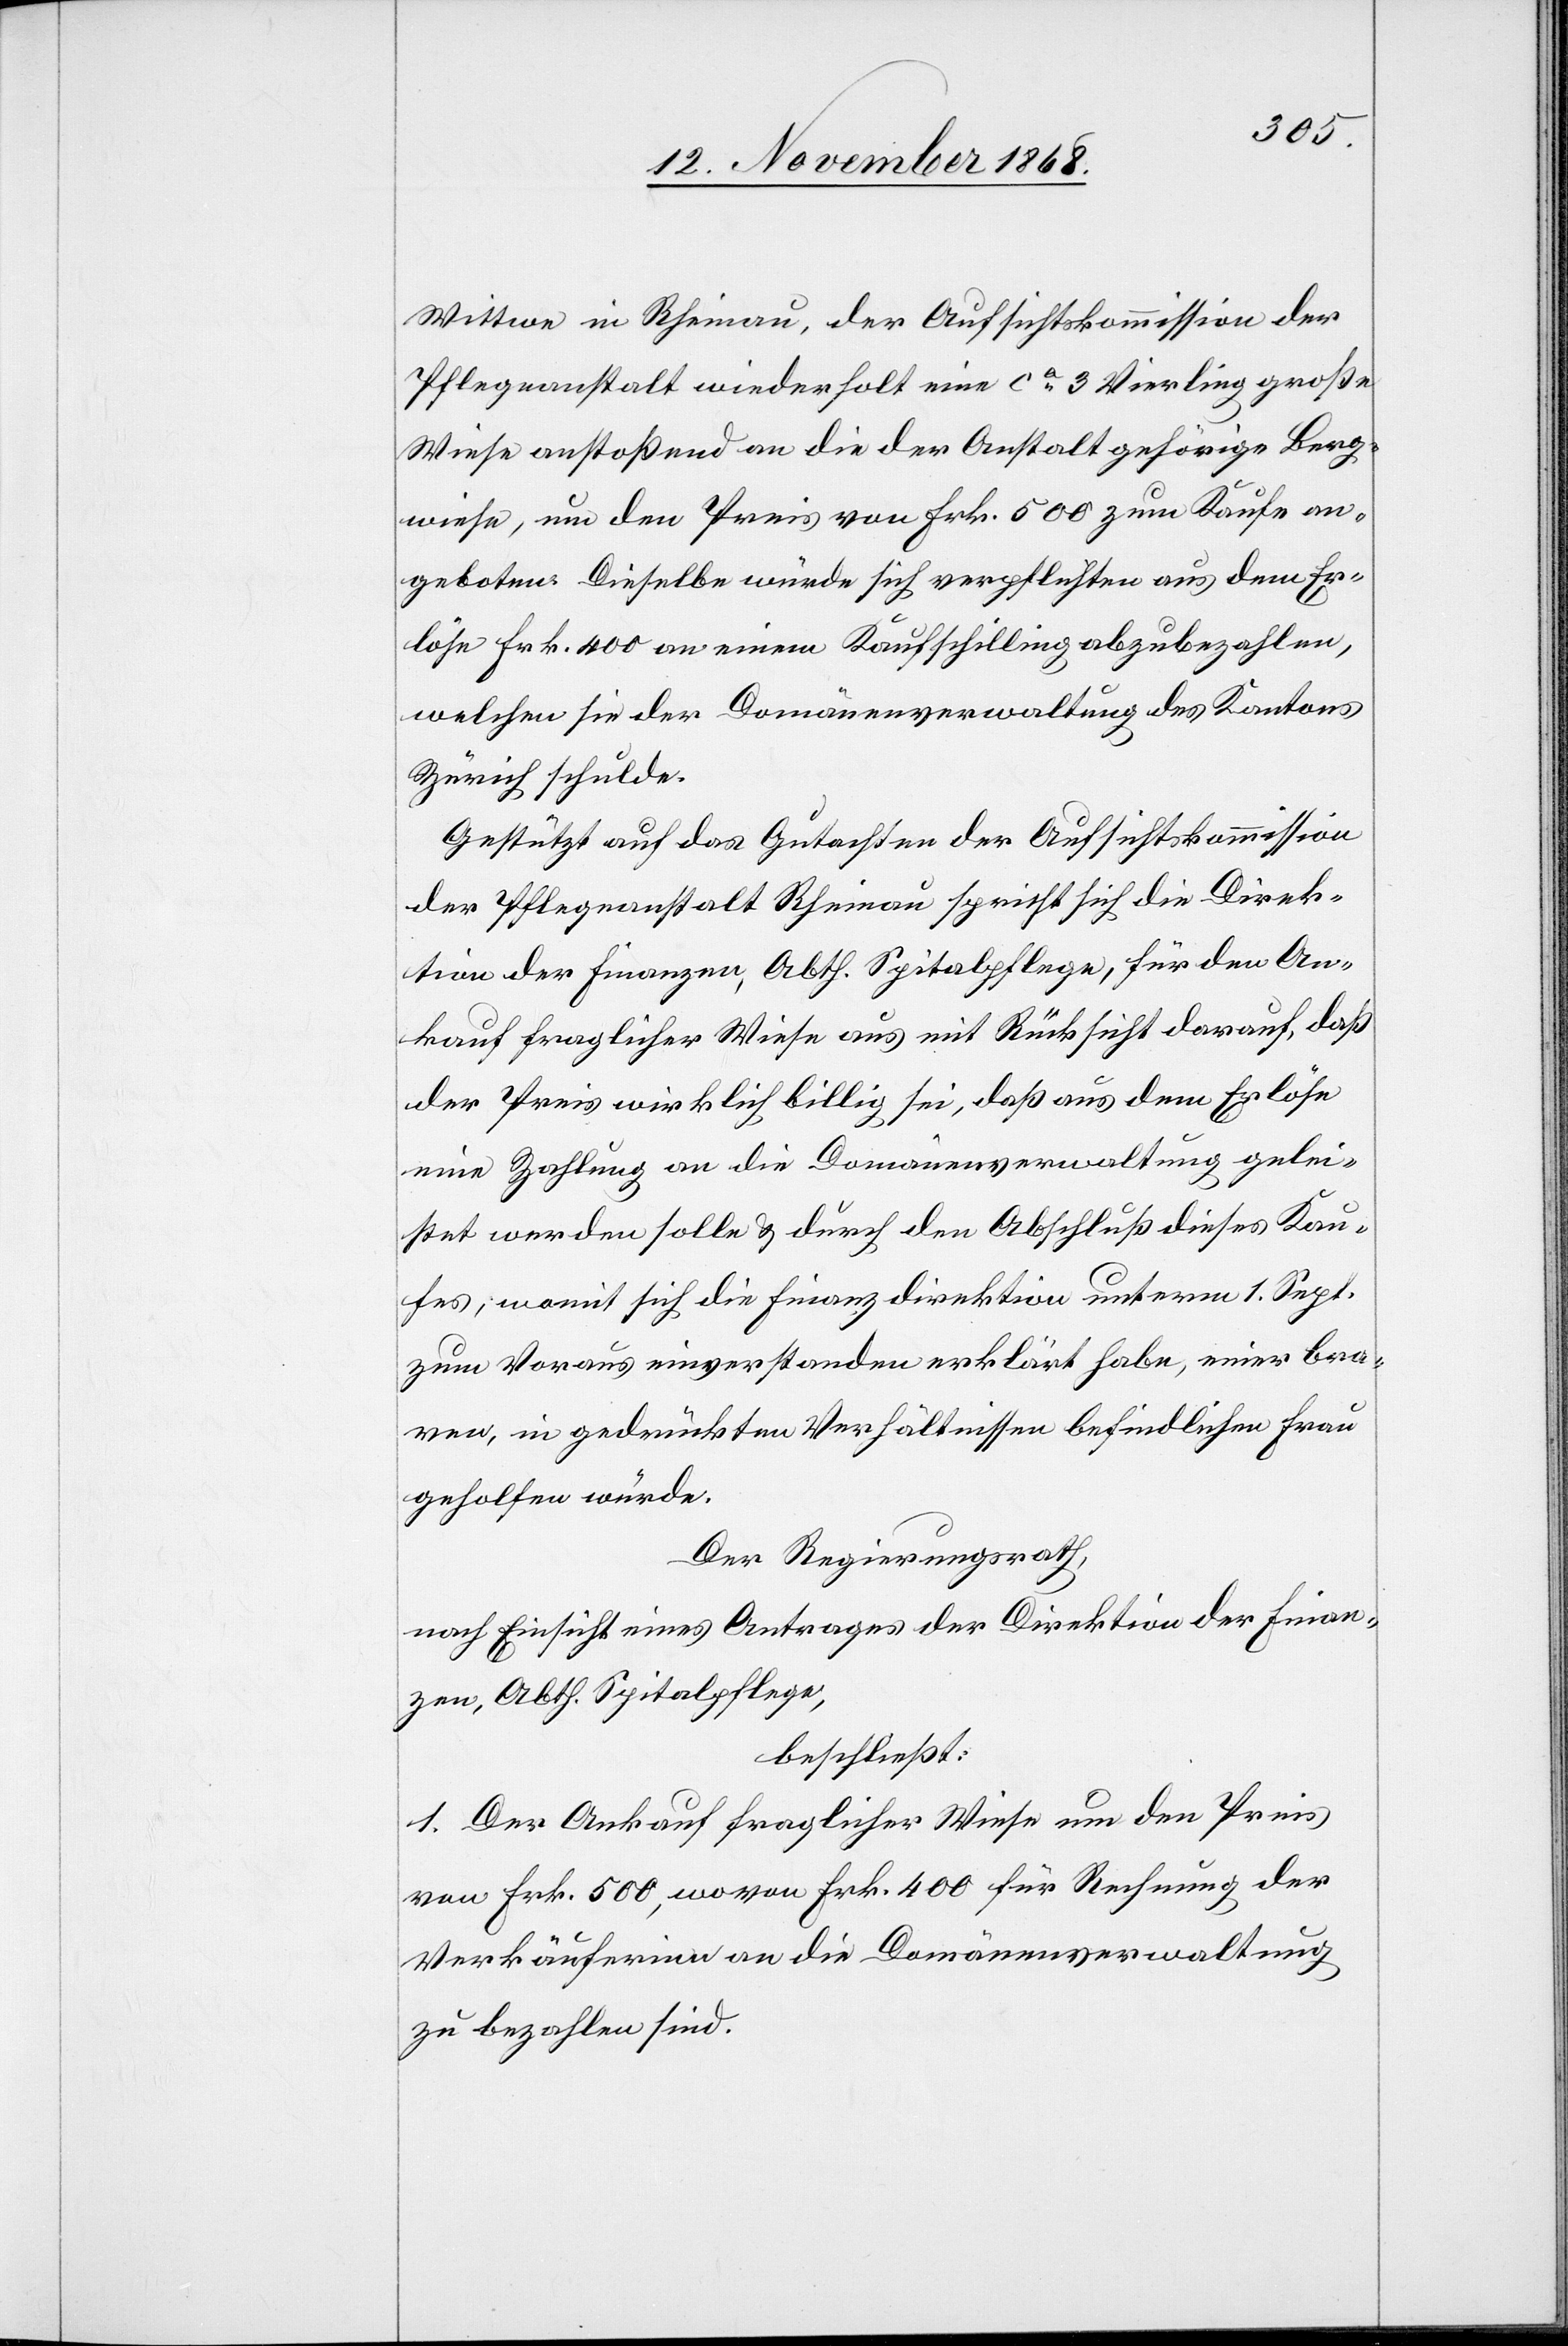
Wittwe in Rheinau, der Aufsichtskommission der
Pflegeanstalt wiederholt eine ca 3 Vierling große
Wiese anstoßend an die der Anstalt gehörige Berg¬
wiese, um den Preis von Frk. 500 zum Kaufe an¬
geboten. Dieselbe würde sich verpflichten aus dem Er¬
löse Frk. 400 an einem Kaufschilling abzubezahlen,
welchen sie der Domänenverwaltung des Kantons
Zürich schulde.
Gestützt auf das Gutachten der Aufsichtskommission
der Pflegeanstalt Rheinau spricht sich die Direk¬
tion der Finanzen, Abth. Spitalpflege, für den An¬
kauf fraglicher Wiese aus mit Rücksicht darauf, daß
der Preis wirklich billig sei, daß aus dem Erlöse
eine Zahlung an die Domänenverwaltung gelei¬
stet werden solle & durch den Abschluß dieses Kau¬
fes; womit sich die Finanzdirektion unterm 1. Sept.
zum Voraus einverstanden erklärt habe, einer bra¬
ven, in gedrückten Verhältnissen befindlichen Frau
geholfen würde.
Der Regierungsrath,
nach Einsicht eines Antrages der Direktion der Finan¬
zen, Abth. Spitalpflege,
beschließt:
1. Der Ankauf fraglicher Wiese um den Preis
von Frk. 500, wovon Frk. 400 für Rechnung der
Verkäuferinn an die Domänenverwaltung
zu bezahlen sind.